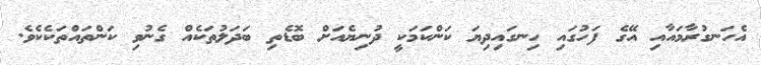
އެހަނގުރާމައާއި އޭގެ ފަހުގައި ހިނގައިދިޔަ ކަންކަމަކީ ދުނިޔެއަށް ބޮޑެތި ބަދަލުތަކެއް ގެނުވި ކަންތައްތަކެކެވެ.